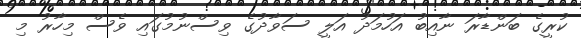
ކުރީގެ ބަންޑާރަ ނާއިބު އަހުމަދު އަލީ ސަވާދުގެ ވިސްނުމުގައި ވެސް މިހާރު މި